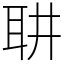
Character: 䎴